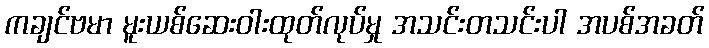
ကချင်ဗမာ မူးယစ်ဆေးဝါးထုတ်လုပ်မှု အသင်းတသင်းပါ အပစ်အခတ်